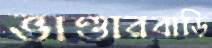
ভাণ্ডারবাড়ি